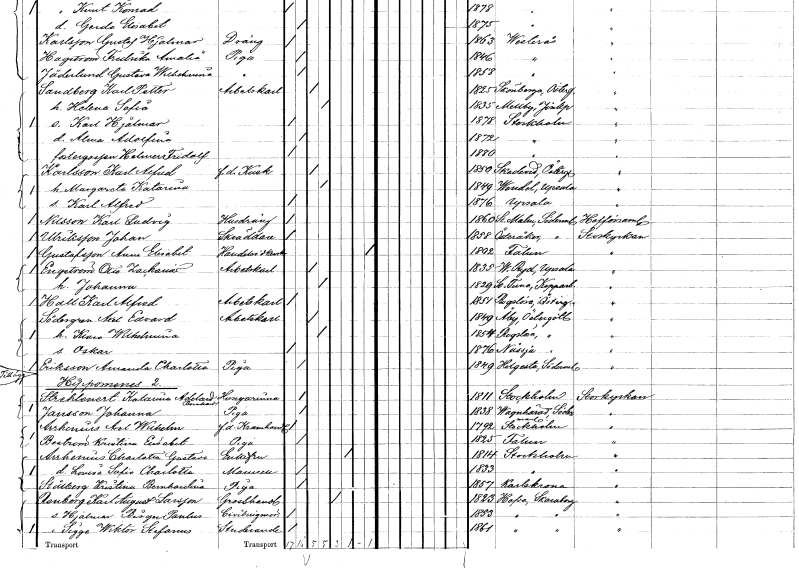
gt_parse: households: individuals: FN: Karl Alfred
EN: Karlsson
YRKE: Kusk f.d.
KON: M
CIV: G
FODAR: 1850
FODFORS: Skedevi Östergötlands län
FN: Margareta Katarina
KON: K
CIV: G
FODAR: 1849
FODFORS: Vendel Uppsala län
FN: Karl Alfred
KON: M
CIV: O
FODAR: 1876
FODFORS: Uppsala Uppsala län
FN: Karl Ludvig
EN: Nilsson
YRKE: Husdräng tjänstehjon hos ägarna
KON: M
CIV: O
FODAR: 1860
FODFORS: Stora Malm Södermanlands län
FN: Johan
EN: Ulriksson
YRKE: Skräddare
KON: M
CIV: O
FODAR: 1858
FODFORS: Österåker Stockholms län
FN: Anna Elisabet
EN: Gustafsson
YRKE: Handelsidkerska
KON: K
CIV: X
FODAR: 1802
FODFORS: Falun Kopparbergs län
FN: Otto Zacharias
EN: Engström
YRKE: Arbetskarl
KON: M
CIV: G
FODAR: 1835
FODFORS: Västra Ryd Stockholms län
FN: Johanna
KON: K
CIV: G
FODAR: 1829
FODFORS: Stora Tuna Kopparbergs län
FN: Karl Alfred
EN: Hall
YRKE: Arbetskarl
KON: M
CIV: O
FODAR: 1851
FODFORS: Rogslösa Östergötlands län
FN: Axel Edvard
EN: Södergren
YRKE: Arbetskarl
KON: M
CIV: G
FODAR: 1849
FODFORS: Åby Östergötlands län
FN: Klara Wilhelmina
KON: K
CIV: G
FODAR: 1854
FODFORS: Rogslösa Östergötlands län
FN: Oskar
KON: M
CIV: O
FODAR: 1876
FODFORS: Nässjö Jönköpings län
FN: Amanda Charlotta
EN: Eriksson
YRKE: Piga
KON: K
CIV: O
FODAR: 1849
FODFORS: Helgesta Södermanlands län
FN: Katarina Adelaide Bernhardina
EN: Strehlenert
YRKE: Husägarinna
KON: K
CIV: O
FODAR: 1811
FODFORS: Stockholm
FN: Johanna
EN: Jansson
YRKE: Piga
KON: K
CIV: O
FODAR: 1838
FODFORS: Vagnhärad Södermanlands län
FN: Axel Wilhelm
EN: Arrhenius
YRKE: Kramhandlare f.d.
KON: M
CIV: O
FODAR: 1792
FODFORS: Stockholm
FN: Kristina Elisabet
EN: Boström
YRKE: Piga
KON: K
CIV: O
FODAR: 1825
FODFORS: Falun Kopparbergs län
FN: Charlotta Gustava
EN: Arrhenius
KON: K
CIV: E
FODAR: 1814
FODFORS: Stockholm
FN: Lovisa Sofia Charlotta
KON: K
CIV: O
FODAR: 1833
FODFORS: Stockholm
FN: Kristina Bernhardina
EN: Stålberg
YRKE: Piga
KON: K
CIV: O
FODAR: 1857
FODFORS: Karlskrona Blekinge län
FN: Karl August
EN: Renberg Larsson
YRKE: Grosshandlare
KON: M
CIV: E
FODAR: 1823
FODFORS: Hova Skaraborgs län
FN: Hjalmar Birger Paulus
YRKE: Civilingenjör
KON: M
CIV: O
FODAR: 1853
FODFORS: Hova Skaraborgs län
FN: Sigge Wiktor Stefanus
YRKE: Studerande
KON: M
CIV: O
FODAR: 1861
FODFORS: Hova Skaraborgs län